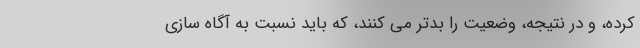
کرده، و در نتیجه، وضعیت را بدتر می کنند، که باید نسبت به آگاه سازی